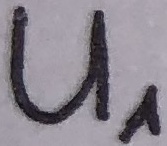
Text: U1